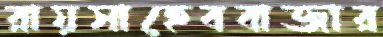
রায়সাহেববাজার